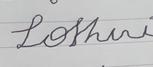
Signature authenticity: forged